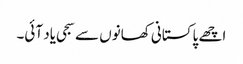
اچھے پاکستانی کھانوں سے سجی یاد آئی۔